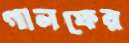
গালফের